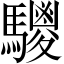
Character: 𩦲